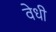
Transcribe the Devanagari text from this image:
वेधी